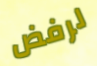
لرفض